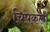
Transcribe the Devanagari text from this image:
चिपकली